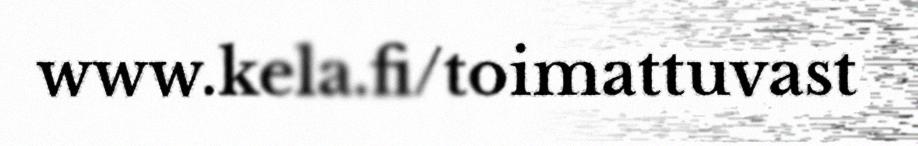
www.kela.fi/toimattuvast